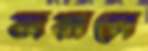
জয়াগে